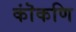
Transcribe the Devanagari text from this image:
कॊंकणि